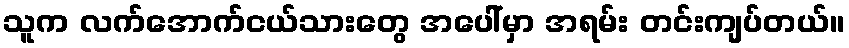
သူက လက်အောက်ငယ်သားတွေ အပေါ်မှာ အရမ်း တင်းကျပ်တယ်။